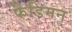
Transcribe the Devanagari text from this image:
फैडिमन